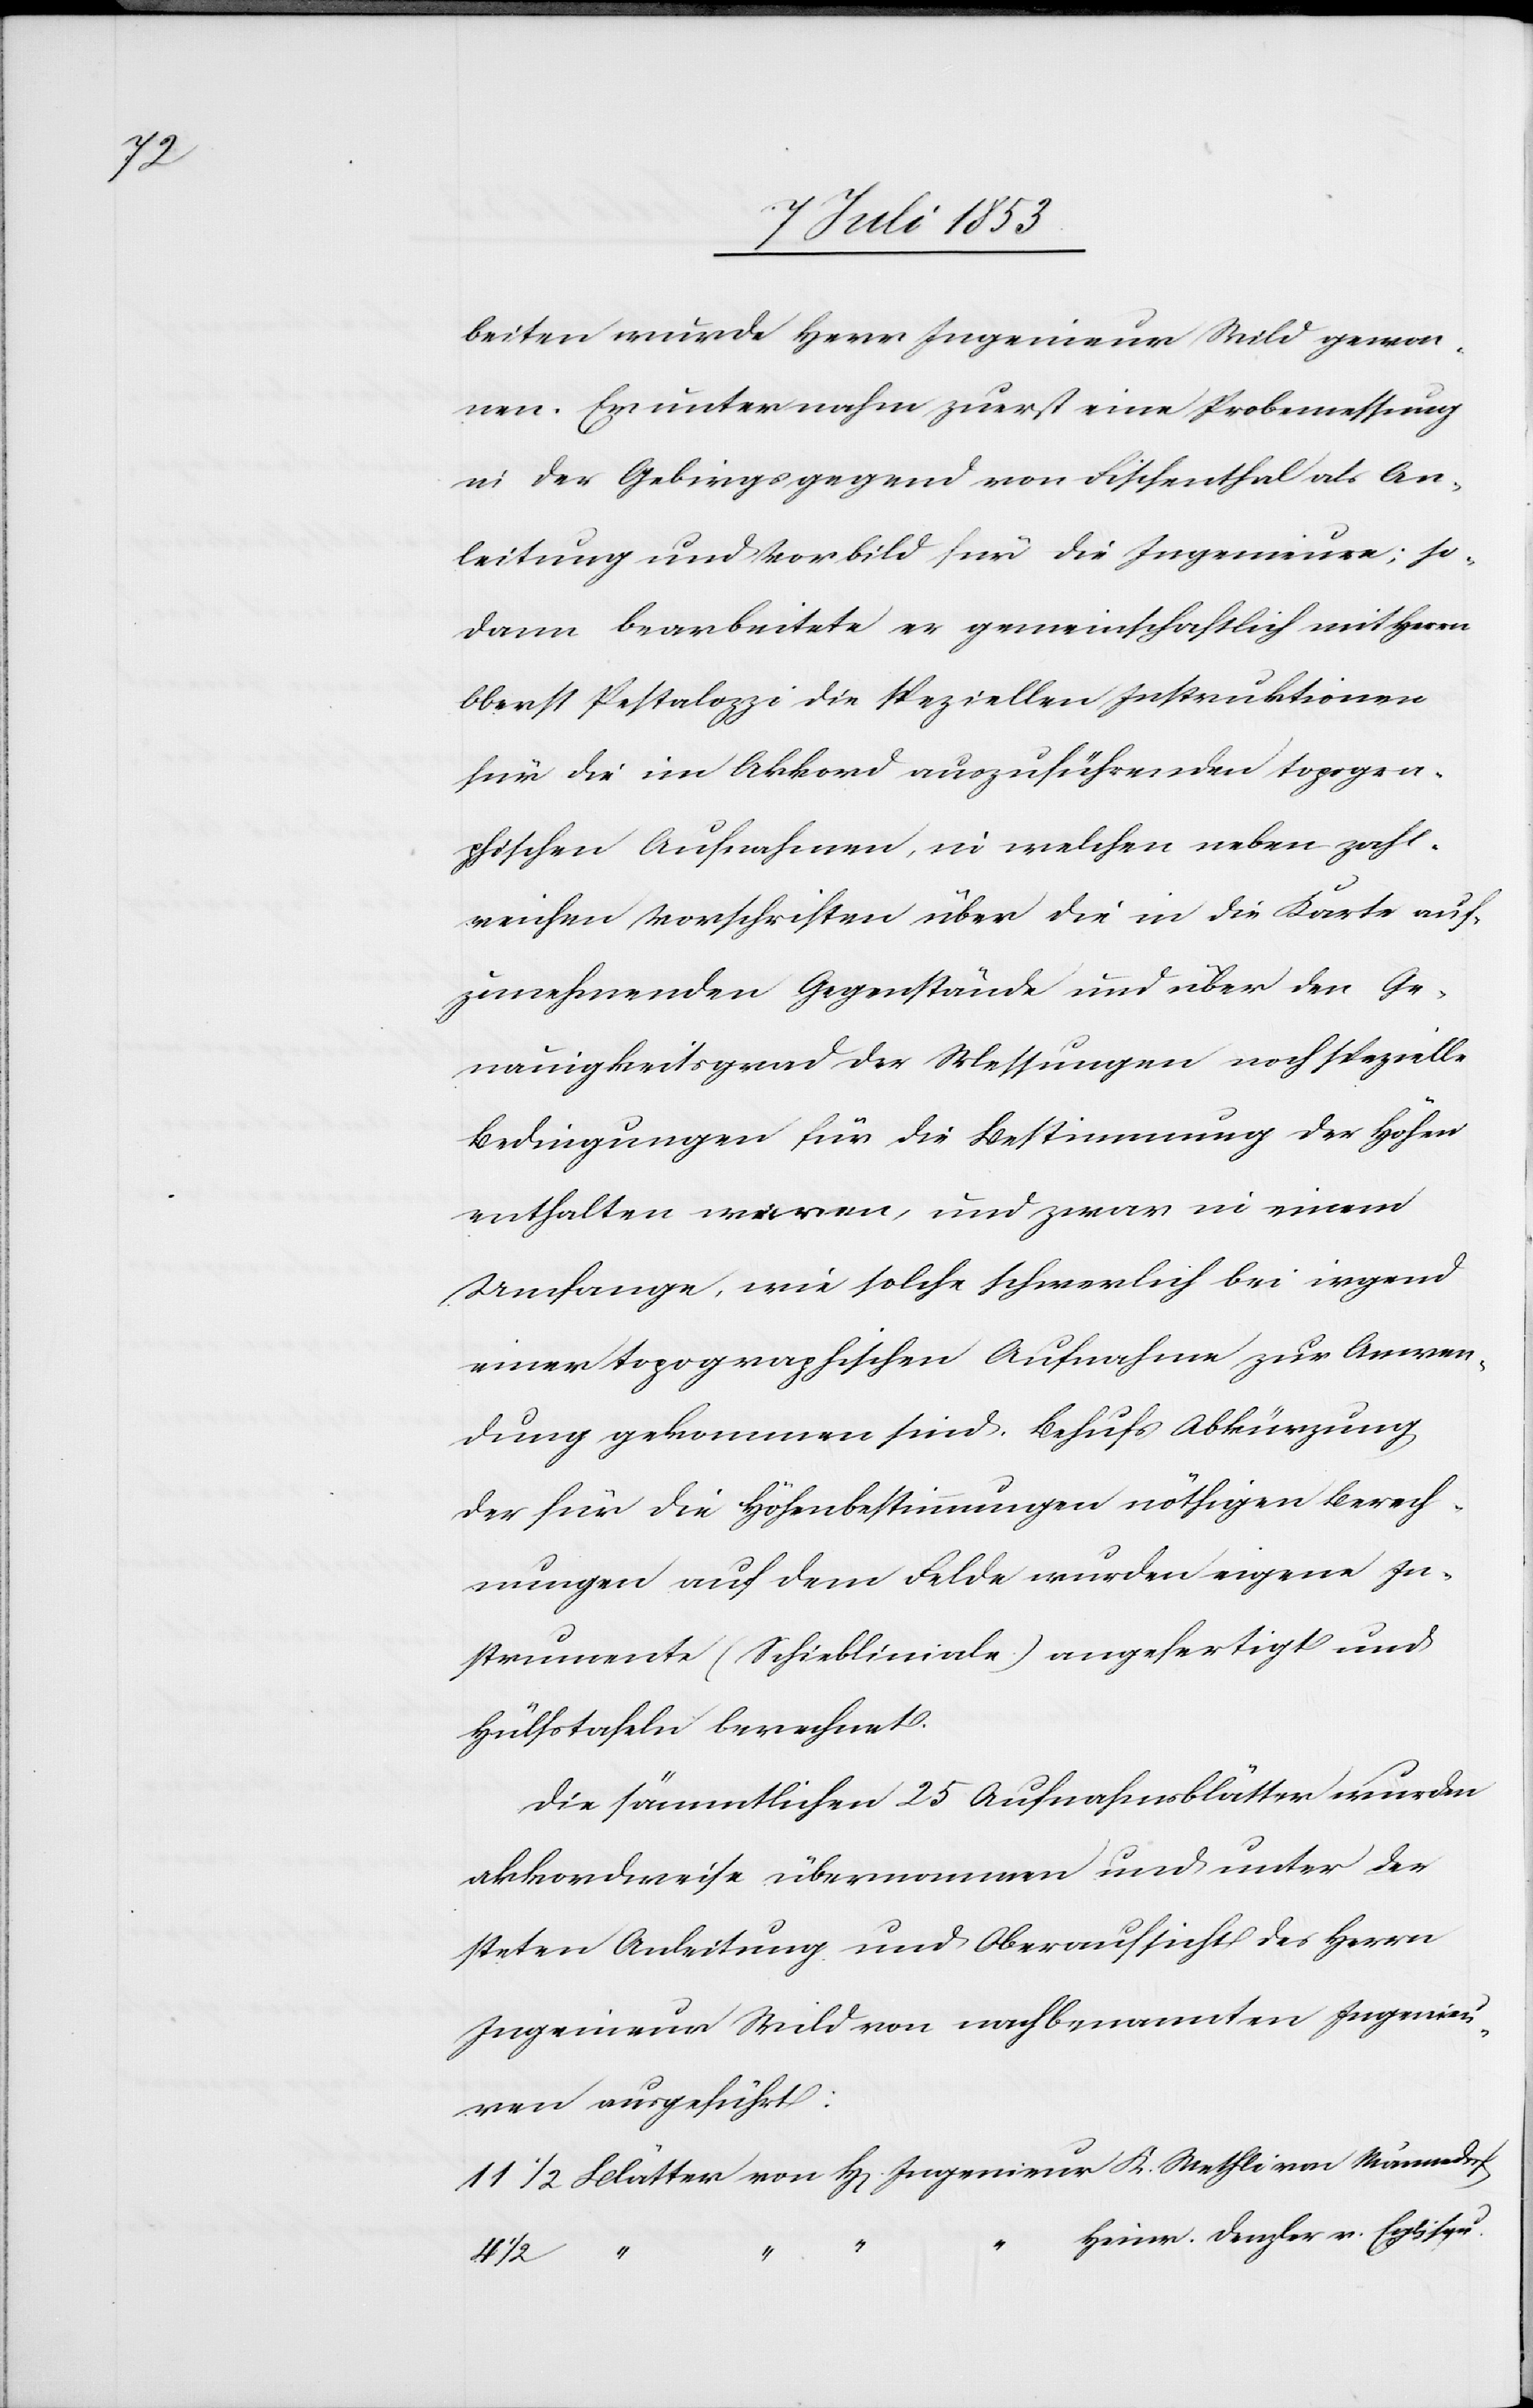
v.

mmen. Er unternahm zuerst eine Probemessung
in der Gebirgsgegend von Fischenthal als An¬
leitung und Vorbild für die Ingenieure; so¬
dann bearbeitete er gemeinschaftlich mit H[errn]
Oberst Pestalozzi die speziellen Instruktionen
für die im Akkord auszuführenden topogra¬
phischen Aufnahmen, in welchen neben zahl¬
reichen Vorschriften über die in die Karte auf¬
zunehmenden Gegenstände und über den Ge¬
nauigkeitsgrad der Messungen noch spezielle
Bedingungen für die Bestimmung der Höhen
enthalten waren, und zwar in einem
Umfange, wie solche schwerlich bei irgend
einer topographischen Aufnahme zur Anwen¬
dung gekommen sind. Behufs Abkürzung,
der für die Höhenbestimmungen nöthigen Berech¬
nungen auf dem Felde wurden eigene In¬
strumente (Schiebliniale) angefertigt und
Hülfstafeln berechnet.
Die sämmtlichen 25 Aufnahmsblätter wurden
akkordweise übernommen und unter der
steten Anleitung und Oberaufsicht des H[errn]
Ingenieur Wild von nachbenannten Ingenieu¬
ren ausgeführt:
11 1/2 Blätter von H[errn] Ingenieur K. Wethli von Männedorf